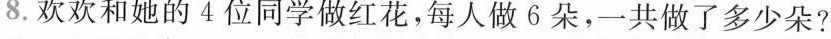
8.欢欢和她的4位同学做红花，每人做6朵，一共做了多少朵?